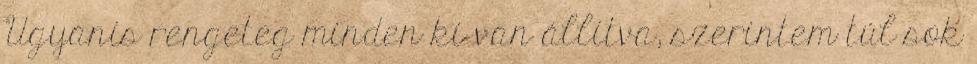
Ugyanis rengeteg minden ki van állítva, szerintem túl sok